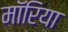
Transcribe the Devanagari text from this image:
मॉरिया